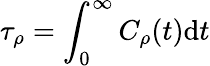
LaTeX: \tau_{\rho}=\int_{0}^{\infty}C_{\rho}(t)\mathrm{d}t